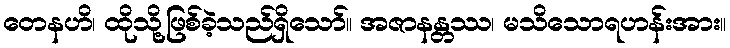
တေနဟိ၊ ထိုသို့ဖြစ်ခဲ့သည်ရှိသော်။ အဇာနန္တဿ၊ မသိသောရဟန်းအား။